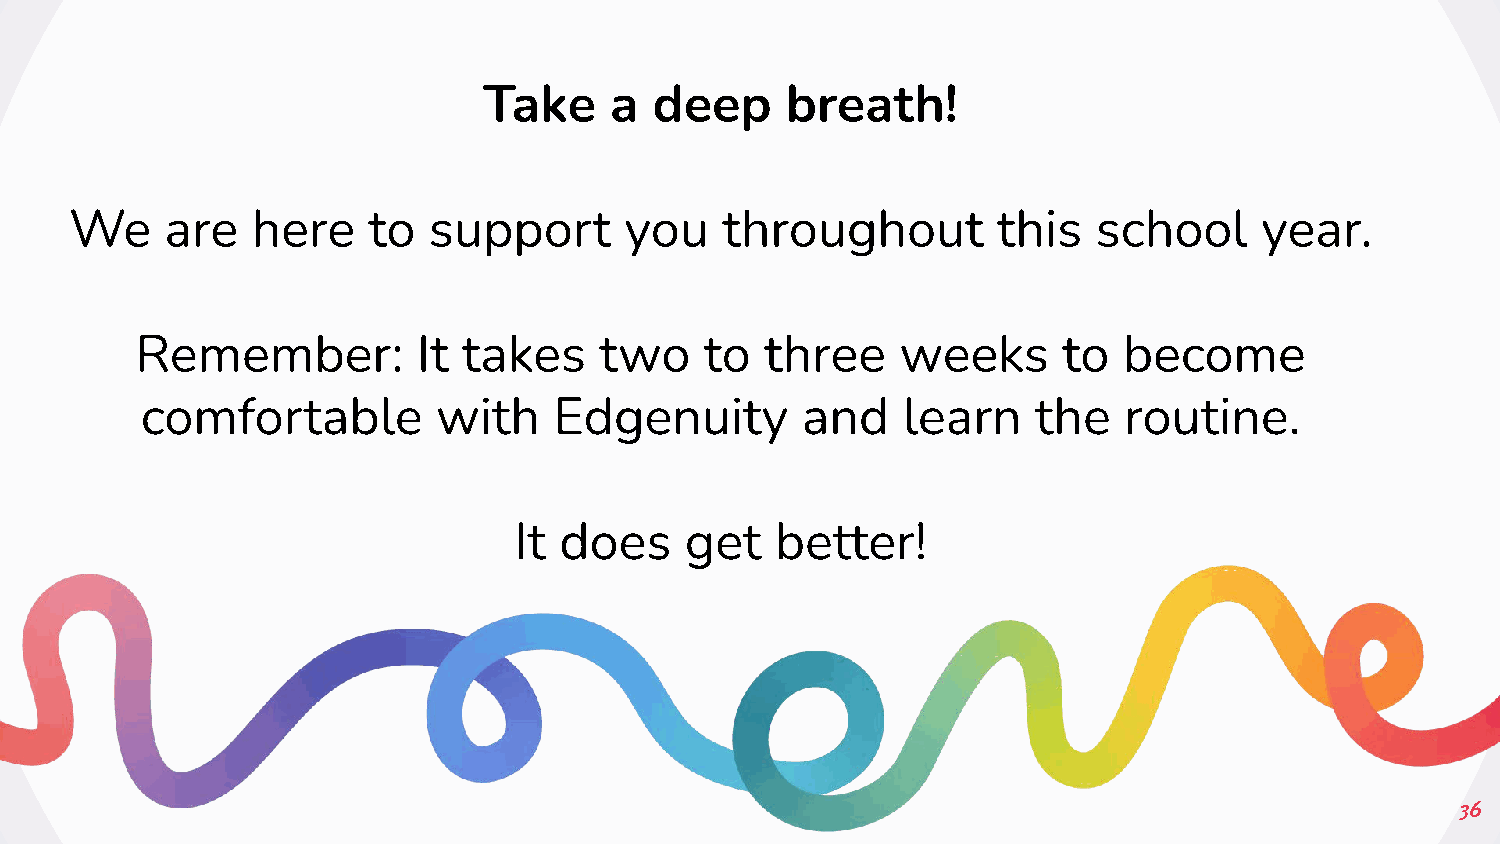
Take    a  deep     breath!
 We    are   here   to  support      you    throughout        this   school    year.
 Remember:          It takes    two    to  three    weeks     to  become
 comfortable         with    Edgenuity       and    learn    the  routine.
 It does    get   better!
 36